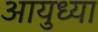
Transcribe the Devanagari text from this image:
आयुध्या